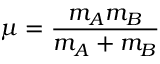
\mu = { \frac { m _ { A } m _ { B } } { m _ { A } + m _ { B } } }